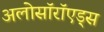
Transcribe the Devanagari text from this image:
अलोसॉरॉएड्स